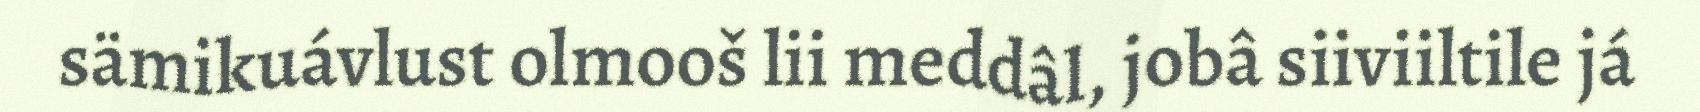
sämikuávlust olmooš lii meddâl, jobâ siiviiltile já